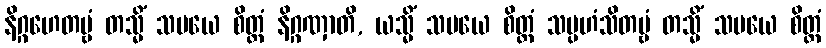
နိဂ္ဂဟေတဗ္ဗံ တသ္မိံ သမယေ စိတ္တံ နိဂ္ဂဏှာတိ, ယသ္မိံ သမယေ စိတ္တံ သမ္ပဟံသိတဗ္ဗံ တသ္မိံ သမယေ စိတ္တံ